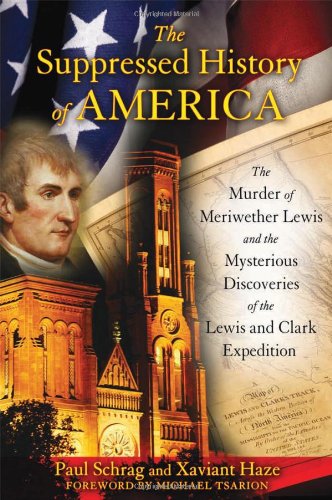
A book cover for The Suppressed History of America: The Murder of Meriwether Lewis and the Mysterious Discoveries of the Lewis and Clark Expedition; Paul Schrag; Science & Math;